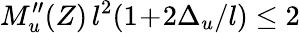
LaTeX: M_{u}^{\prime\prime}(Z)\, l^{2}(1\! +\! 2\Delta_{u}/l)\le 2